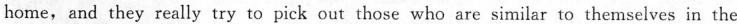
home,and they really try to pick out those who are similar to themselves in the